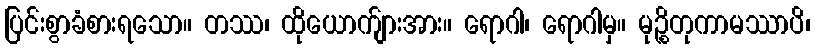
ပြင်းစွာခံစားရသော။ တဿ၊ ထိုယောက်ျားအား။ ရောဂါ၊ ရောဂါမှ။ မုဉ္စိတုကာမဿာပိ၊